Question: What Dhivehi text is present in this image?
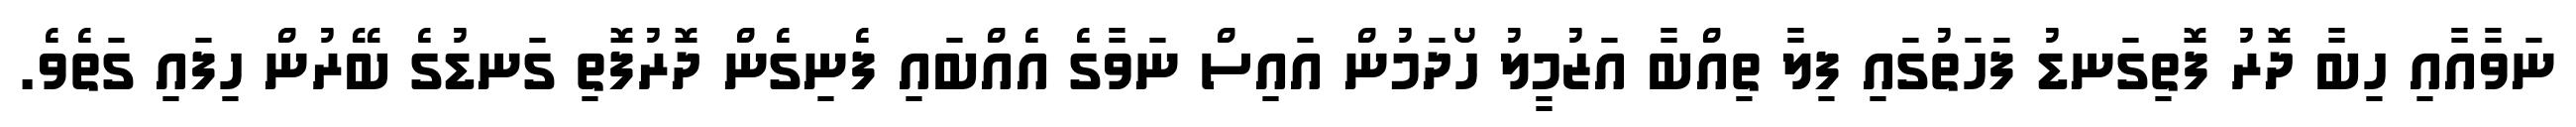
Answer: ނަވާއާއި ހިބާ ދޮރު ފޮތިގަނޑު ފަހަތުގައި ފިލާ ތިއްބާ އަޒުމީލު ހޯދަމުން އައިސް ނަވާގެ އެއްބައި ފެނިގެން ދޮރުފޮތި ގަނޑުގެ ބޭރުން ހިފައި ގަތެވެ.